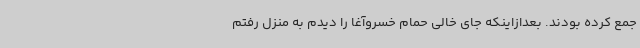
جمع کرده بودند. بعدازاینکه جای خالی حمام خسروآغا را دیدم به منزل رفتم